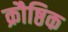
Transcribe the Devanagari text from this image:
क्रौष्ठिक